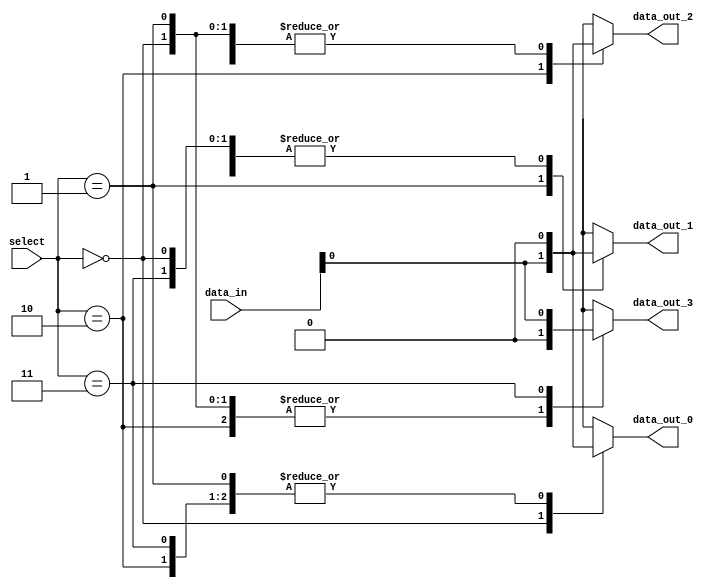
module demux_2to4 (
    input [1:0] select,
    input [1:0] data_in,
    output reg data_out_0,
    output reg data_out_1,
    output reg data_out_2,
    output reg data_out_3
);

always @(*)
begin
    case (select)
        2'b00: begin
            data_out_0 = data_in[0];
            data_out_1 = 1'b0;
            data_out_2 = 1'b0;
            data_out_3 = 1'b0;
        end
        
        2'b01: begin
            data_out_0 = 1'b0;
            data_out_1 = data_in[0];
            data_out_2 = 1'b0;
            data_out_3 = 1'b0;
        end
        
        2'b10: begin
            data_out_0 = 1'b0;
            data_out_1 = 1'b0;
            data_out_2 = data_in[0];
            data_out_3 = 1'b0;
        end
        
        2'b11: begin
            data_out_0 = 1'b0;
            data_out_1 = 1'b0;
            data_out_2 = 1'b0;
            data_out_3 = data_in[0];
        end
    endcase
end

endmodule